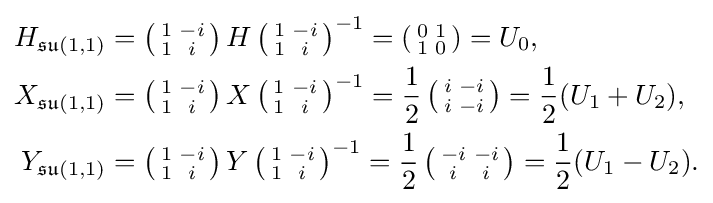
{\begin{aligned}H_{{\mathfrak {su}}(1,1)}&=\left({\begin{smallmatrix}1&-i\\1&i\end{smallmatrix}}\right)H\left({\begin{smallmatrix}1&-i\\1&i\end{smallmatrix}}\right)^{-1}=\left({\begin{smallmatrix}0&1\\1&0\end{smallmatrix}}\right)=U_{0},\\X_{{\mathfrak {su}}(1,1)}&=\left({\begin{smallmatrix}1&-i\\1&i\end{smallmatrix}}\right)X\left({\begin{smallmatrix}1&-i\\1&i\end{smallmatrix}}\right)^{-1}={\frac {1}{2}}\left({\begin{smallmatrix}i&-i\\i&-i\end{smallmatrix}}\right)={\frac {1}{2}}(U_{1}+U_{2}),\\Y_{{\mathfrak {su}}(1,1)}&=\left({\begin{smallmatrix}1&-i\\1&i\end{smallmatrix}}\right)Y\left({\begin{smallmatrix}1&-i\\1&i\end{smallmatrix}}\right)^{-1}={\frac {1}{2}}\left({\begin{smallmatrix}-i&-i\\i&i\end{smallmatrix}}\right)={\frac {1}{2}}(U_{1}-U_{2}).\end{aligned}}